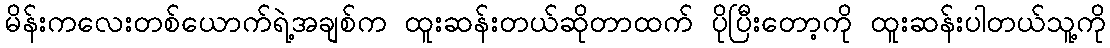
မိန်းကလေးတစ်ယောက်ရဲ့အချစ်က ထူးဆန်းတယ်ဆိုတာထက် ပိုပြီးတော့ကို ထူးဆန်းပါတယ်သူ့ကို